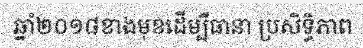
ឆ្នាំ២០១៨ខាងមុខដើម្បីធានា ប្រសិទ្ធិភាព